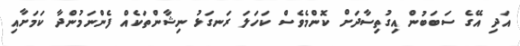
އަދި އޭގެ ސަބަބުން އިގުތިސާދަށް ކޮންމެވެސް ކަހަލަ ރަނގަޅު ނިޝާންތަކެއް ފެންނަމުންދާ ކަމަށާއި